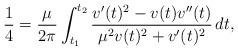
LaTeX: \begin{align*}\dfrac{1}{4} = \dfrac{\mu}{2\pi}\int_{t_{1}}^{t_{2}}\dfrac{v'(t)^{2} - v(t)v''(t)}{\mu^{2} v(t)^{2} + v'(t)^{2}} ~\!dt,\end{align*}